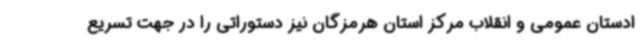
ادستان عمومی و انقلاب مرکز استان هرمزگان نیز دستوراتی را در جهت تسریع